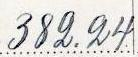
382.24